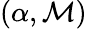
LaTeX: (\alpha,\mathcal{M})